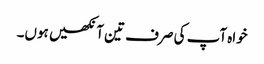
خواہ آپ کی صرف تین آنکھیں ہوں۔